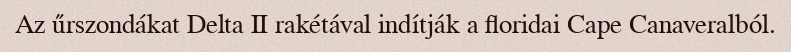
Az űrszondákat Delta II rakétával indítják a floridai Cape Canaveralból.